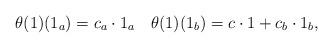
LaTeX: \begin{align*}\theta(1)(1_a) = c_a\cdot 1_a \quad\theta(1)(1_b) =c\cdot 1+c_b\cdot 1_b,\end{align*}